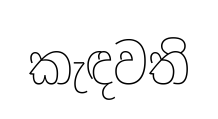
කැඳවති